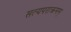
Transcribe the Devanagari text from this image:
सत्यपराक्रमम्